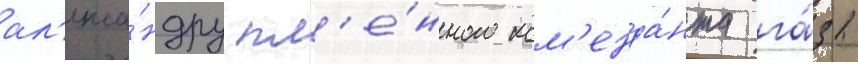
ал'екса́ндру пл'е́нного ком'енда́нта га́зы